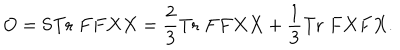
LaTeX: O = \mathrm { S T r } \; F F X X = \frac { 2 } { 3 } \mathrm { T r } \; F F X X + \frac { 1 } { 3 } \mathrm { T r } \; F X F X .